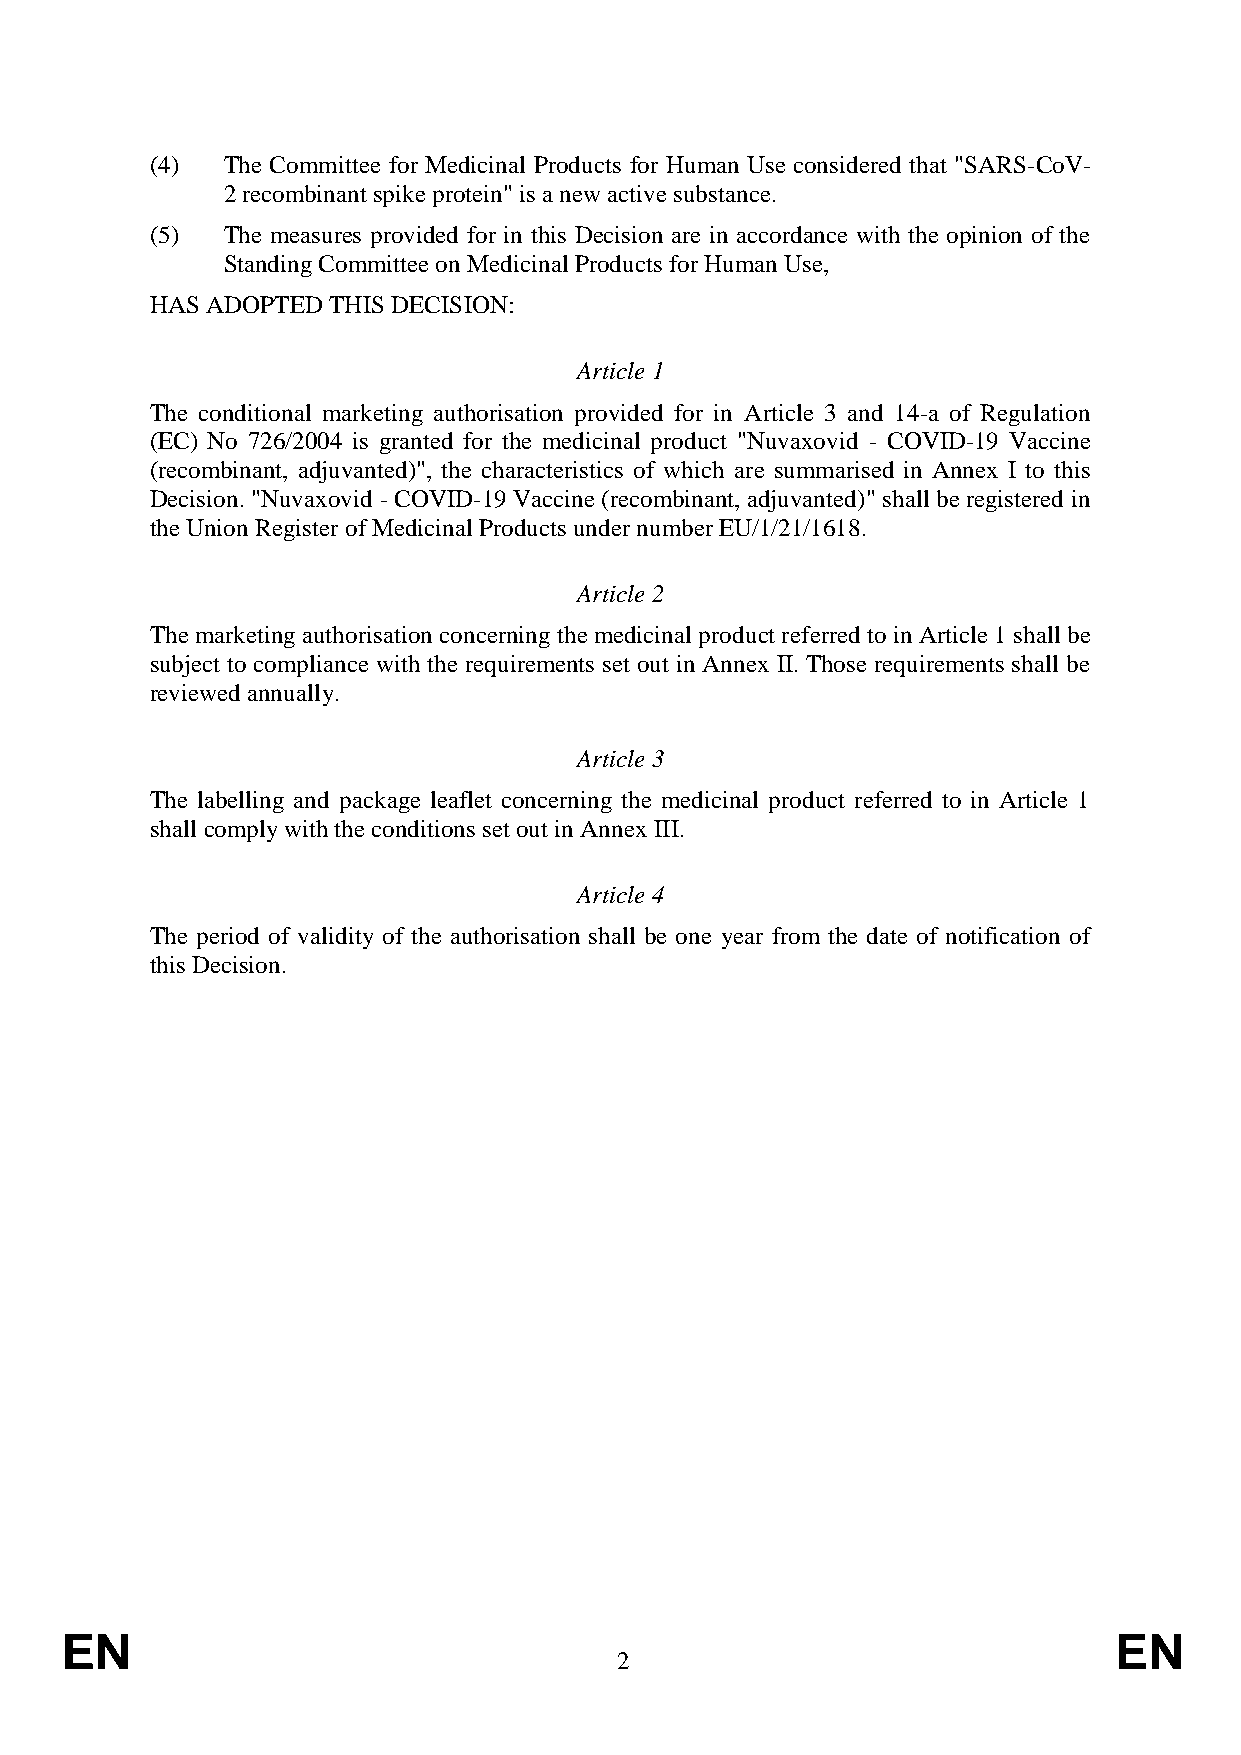
(4)  The Committee for Medicinal Products for Human Use considered that "SARS-CoV-
 2 recombinant spike protein" is a new active substance.
 (5)  The measures provided for in this Decision are in accordance with the opinion of the
 Standing Committee on Medicinal Products for Human Use,
 HAS ADOPTED THIS DECISION:
 Article 1
 The conditional marketing authorisation provided for in Article 3 and 14-a of Regulation
 (EC) No 726/2004 is granted for the medicinal product "Nuvaxovid - COVID-19 Vaccine
 (recombinant, adjuvanted)", the characteristics of which are summarised in Annex I to this
 Decision. "Nuvaxovid - COVID-19 Vaccine (recombinant, adjuvanted)" shall be registered in
 the Union Register of Medicinal Products under number EU/1/21/1618.
 Article 2
 The marketing authorisation concerning the medicinal product referred to in Article 1 shall be
 subject to compliance with the requirements set out in Annex II. Those requirements shall be
 reviewed annually.
 Article 3
 The labelling and package leaflet concerning the medicinal product referred to in Article 1
 shall comply with the conditions set out in Annex III.
 Article 4
 The period of validity of the authorisation shall be one year from the date of notification of
 this Decision.
 EN                                                                    EN
 2